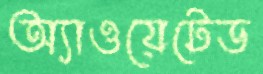
অ্যাওয়েটেড